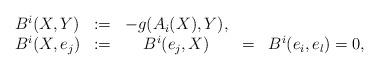
LaTeX: \begin{align*}\begin{array}{ccccc}B^i(X,Y) &:=& -g(A_i(X),Y),& &\\B^i(X,e_j) &:=&B^i(e_j,X)&=&B^i(e_i,e_l)=0,\end{array}\end{align*}